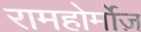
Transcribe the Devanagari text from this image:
रामहोर्मोज़